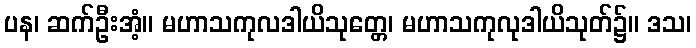
ပန၊ ဆက်ဦးအံ့။ မဟာသကုလဒါယိသုတ္တေ၊ မဟာသကုလုဒါယိသုတ်၌။ ဒသ၊